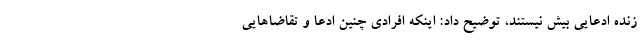
زنده ادعایی بیش نیستند، توضیح داد: اینکه افرادی چنین ادعا و تقاضاهایی